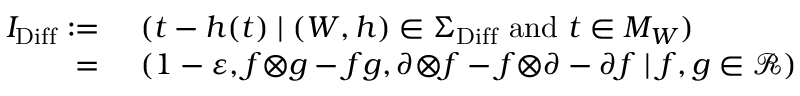
\begin{array} { r l } { I _ { \mathrm { D i f f } } : = } & { \ ( t - h ( t ) \mid ( W , h ) \in \Sigma _ { \mathrm { D i f f } } \mathrm { ~ a n d ~ } t \in M _ { W } ) } \\ { = } & { \ ( 1 - \varepsilon , f { \otimes } g - f g , \ensuremath { \partial } { \otimes } { f } - f { \otimes } \ensuremath { \partial } - \ensuremath { \partial } { f } \mid f , g \in \mathcal { R } ) } \end{array}